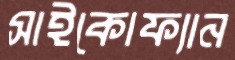
সাইকোফ্যান